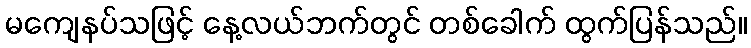
မကျေနပ်သဖြင့် နေ့လယ်ဘက်တွင် တစ်ခေါက် ထွက်ပြန်သည်။